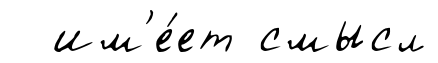
им'е́ет смысл